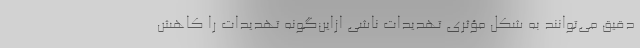
دقیق می‌توانند به شکل مؤثری تهدیدات ناشی ازاین‌گونه تهدیدات را کاهش